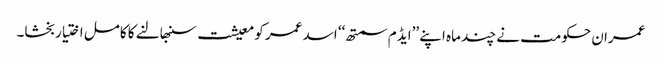
عمران حکومت نے چند ماہ اپنے ’’ایڈ م سمتھ‘‘ اسد عمر کو معیشت سنبھالنے کا کامل اختیار بخشا۔